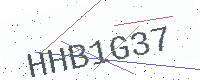
Text: HHB1G37